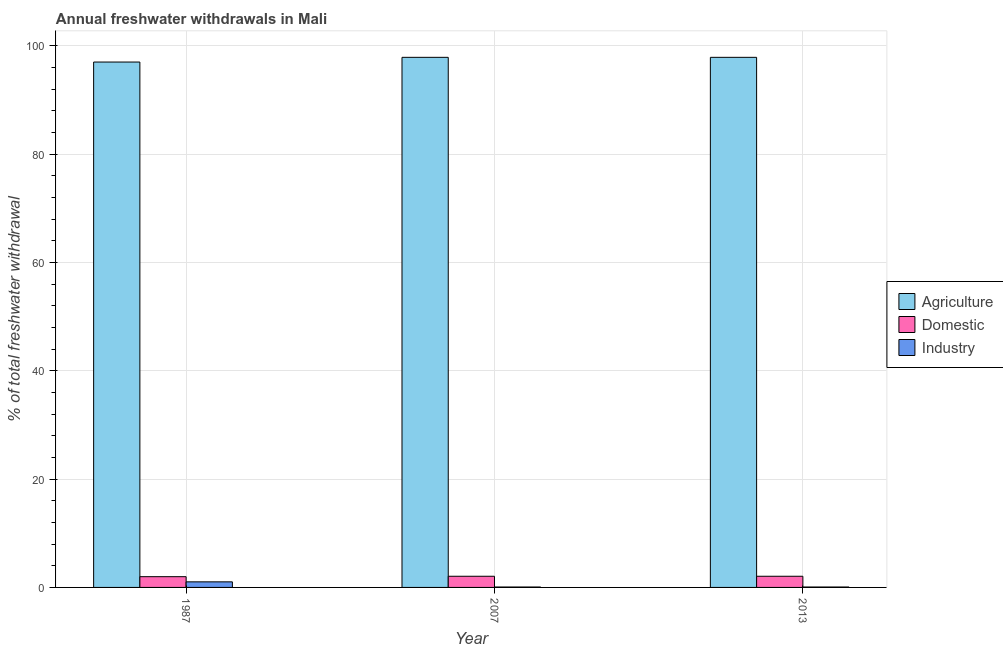
| Year | Agriculture | Domestic | Industry |
 | --- | --- | --- | --- |
 | 1987 | 97 | 1.99 | 1.03 |
 | 2007 | 97.9 | 2.06 | 0.0771 |
 | 2013 | 97.9 | 2.06 | 0.0771 |